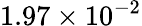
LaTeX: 1.97\times 10^{-2}